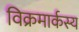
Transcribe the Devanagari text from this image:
विक्रमार्कस्य